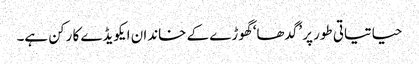
حیاتیاتی طور پر ’گدھا‘ گھوڑے کے خاندان ایکویڈے کا رکن ہے۔